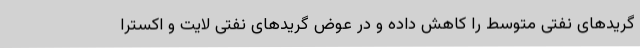
گریدهای نفتی متوسط را کاهش داده و در عوض گریدهای نفتی لایت و اکسترا